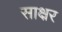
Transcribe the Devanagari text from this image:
साक्ष्रर